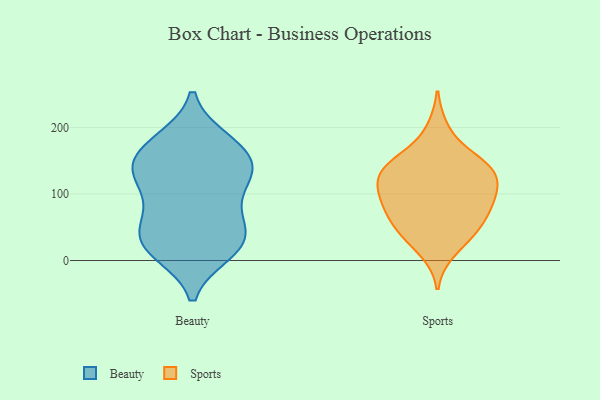
{"axis": {"x": "Revenue (USD Million)", "y": "Value"}, "legend": ["Beauty", "Sports"], "data": [{"x": "", "y": 64, "type": "Beauty"}, {"x": "", "y": 130, "type": "Beauty"}, {"x": "", "y": 177, "type": "Beauty"}, {"x": "", "y": 12, "type": "Beauty"}, {"x": "", "y": 175, "type": "Beauty"}, {"x": "", "y": 14, "type": "Beauty"}, {"x": "", "y": 181, "type": "Beauty"}, {"x": "", "y": 141, "type": "Beauty"}, {"x": "", "y": 101, "type": "Beauty"}, {"x": "", "y": 33, "type": "Beauty"}, {"x": "", "y": 29, "type": "Beauty"}, {"x": "", "y": 143, "type": "Beauty"}, {"x": "", "y": 132, "type": "Beauty"}, {"x": "", "y": 66, "type": "Beauty"}, {"x": "", "y": 116, "type": "Beauty"}, {"x": "", "y": 20, "type": "Beauty"}, {"x": "", "y": 151, "type": "Beauty"}, {"x": "", "y": 49, "type": "Beauty"}, {"x": "", "y": 35, "type": "Sports"}, {"x": "", "y": 49, "type": "Sports"}, {"x": "", "y": 47, "type": "Sports"}, {"x": "", "y": 107, "type": "Sports"}, {"x": "", "y": 137, "type": "Sports"}, {"x": "", "y": 154, "type": "Sports"}, {"x": "", "y": 14, "type": "Sports"}, {"x": "", "y": 94, "type": "Sports"}, {"x": "", "y": 148, "type": "Sports"}, {"x": "", "y": 113, "type": "Sports"}, {"x": "", "y": 75, "type": "Sports"}, {"x": "", "y": 197, "type": "Sports"}, {"x": "", "y": 130, "type": "Sports"}, {"x": "", "y": 141, "type": "Sports"}, {"x": "", "y": 129, "type": "Sports"}, {"x": "", "y": 84, "type": "Sports"}, {"x": "", "y": 63, "type": "Sports"}, {"x": "", "y": 93, "type": "Sports"}]}